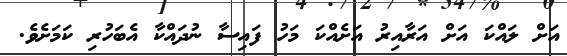
އަށް ލައްކަ އަށް އަރާއިރު އަށެއްކަ މަހު ފައިސާ ނުދައްކާ އެބަހުރި ކަމަށެވެ.